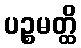
ပဉ္စမတ္ထိ